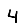
Digit: 4